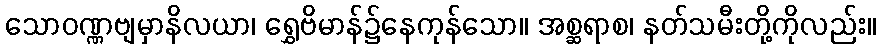
သောဝဏ္ဏဗျမှာနိလယာ၊ ရွှေဗိမာန်၌နေကုန်သော။ အစ္ဆရာစ၊ နတ်သမီးတို့ကိုလည်း။